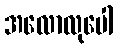
အလောလုပေါ